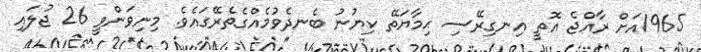
1965އަށް ރާއްޖެ އޮތީ އިނގިރޭސި ޙިމާޔަތޭ ކިޔުނު ބެނދެވުމެއްގެތެރޭގައެވެ. މިނިވަންވީ 26 ޖުލައި